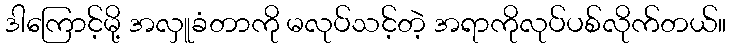
ဒါကြောင့်မို့ အလှူခံတာကို မလုပ်သင့်တဲ့ အရာကိုလုပ်ပစ်လိုက်တယ်။